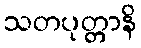
သတပုတ္တာနိ